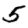
Digit: 5